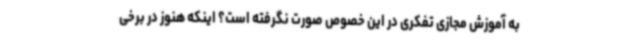
به آموزش مجازی تفکری در این خصوص صورت نگرفته است؟ اینکه هنوز در برخی